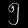
Digit: ၅